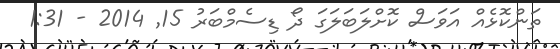
ތަންކޮޅެއް އަވަސް ކޮށްލަބަލަގަ ދޯ ޑިސެމްބަރު 15